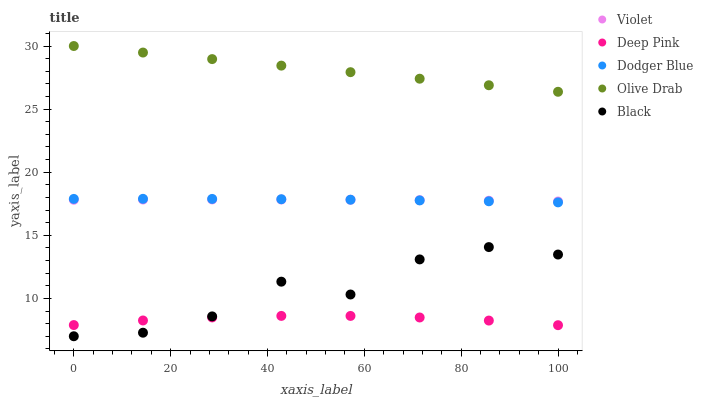
| xaxis_label | Violet | Deep Pink | Dodger Blue | Olive Drab | Black |
 | --- | --- | --- | --- | --- | --- |
 | 0 | 17.8 | 7.89 | 17.9 | 30 | 7 |
 | 14.3 | 17.8 | 8.25 | 17.9 | 29.5 | 7.28 |
 | 28.6 | 17.8 | 8.49 | 17.9 | 29 | 8.57 |
 | 42.9 | 17.8 | 8.61 | 17.9 | 28.4 | 11.3 |
 | 57.1 | 17.8 | 8.61 | 17.8 | 27.9 | 10.3 |
 | 71.4 | 17.8 | 8.49 | 17.8 | 27.4 | 13.1 |
 | 85.7 | 17.7 | 8.24 | 17.7 | 26.9 | 14.1 |
 | 100 | 17.7 | 7.88 | 17.6 | 26.4 | 13.5 |